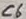
Text: C6